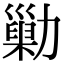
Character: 𠢶